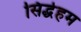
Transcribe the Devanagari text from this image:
सिद्धेहम